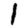
Digit: 1